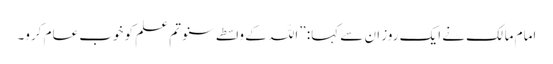
امام مالک نے ایک روز ان سے کہا: ”اللہ کے واسطے سنو تم علم کو خوب عام کرو۔